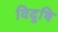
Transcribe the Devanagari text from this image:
विदुषि